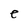
Character: e